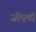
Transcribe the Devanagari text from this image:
जीएपी